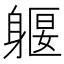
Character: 躽